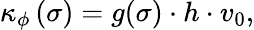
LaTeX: \kappa_{\phi}\left(\sigma\right)=g(\sigma)\cdot h\cdot v_{0},